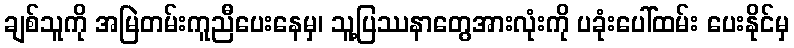
ချစ်သူကို အမြဲတမ်းကူညီပေးနေမှ၊ သူ့ပြဿနာတွေအားလုံးကို ပခုံးပေါ်ထမ်း ပေးနိုင်မှ